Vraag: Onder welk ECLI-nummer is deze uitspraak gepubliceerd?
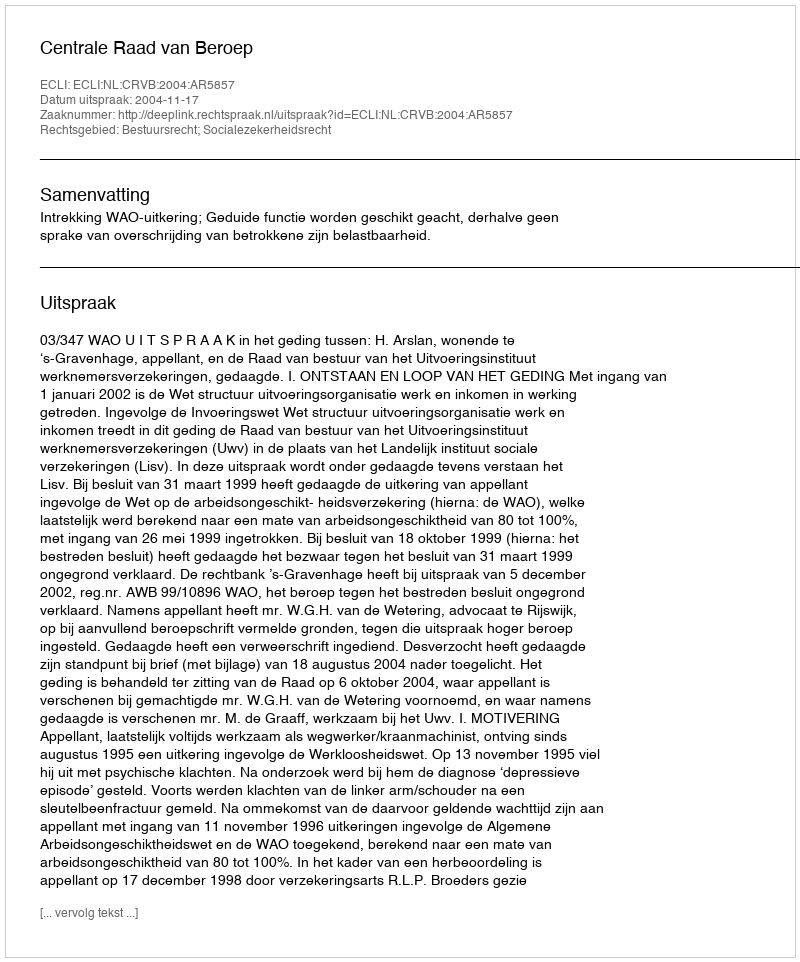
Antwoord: ECLI:NL:CRVB:2004:AR5857